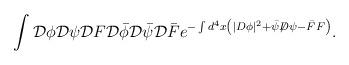
LaTeX: \begin{align*}\int {\cal D}\phi {\cal D}\psi {\cal D}F {\cal D}\bar{\phi} {\cal D}\bar{\psi} {\cal D}\bar{F} e^{-\int d^{4}x \left( |D\phi|^{2} + \bar{\psi} {\not D} \psi - \bar{F} F\right)} .\end{align*}